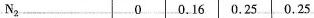
N_{2} 0 0.16 0.25 0.25